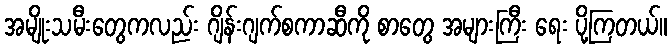
အမျိုးသမီးတွေကလည်း ဂျိန်းဂျက်စကာဆီကို စာတွေ အများကြီး ရေး ပို့ကြတယ်။